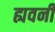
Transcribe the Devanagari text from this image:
ह्यवनी